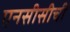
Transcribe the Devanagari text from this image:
एनसीसीची